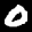
Label: 0